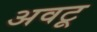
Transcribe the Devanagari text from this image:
अवटू